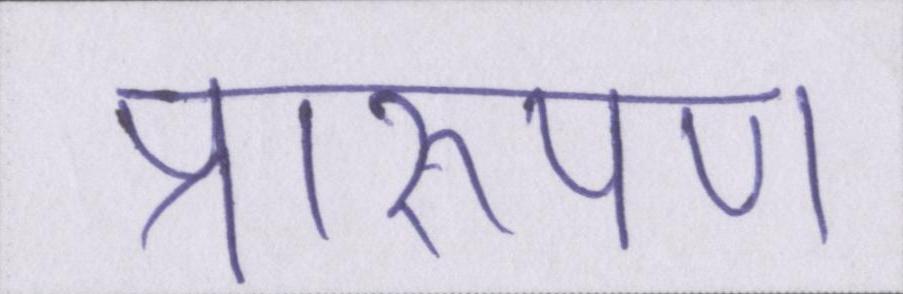
प्रारूपण